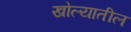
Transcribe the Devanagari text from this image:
खोल्यातील